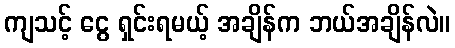
ကျသင့် ငွေ ရှင်းရမယ့် အချိန်က ဘယ်အချိန်လဲ။